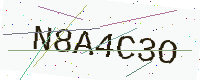
Text: N8A4C3O